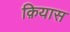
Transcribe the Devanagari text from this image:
क़ियास